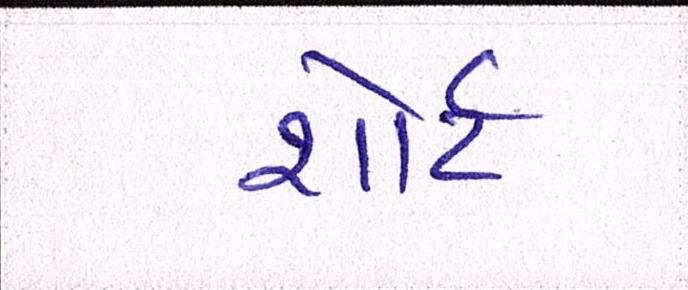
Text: શોર્ટ